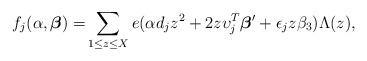
LaTeX: \begin{align*} f_j(\alpha,\boldsymbol{\beta})=& \sum_{\substack{1\le z\le X}} e(\alpha d_jz^2+2z\upsilon_j^{T}\boldsymbol{\beta}'+\epsilon_jz\beta_3)\Lambda(z),\end{align*}